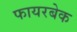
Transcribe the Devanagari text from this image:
फायरबेक